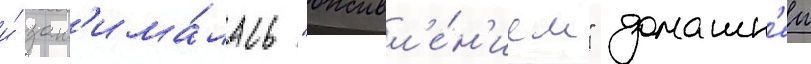
и́ зан'има́лась "оживл'е́н'ием" домашн'еи